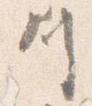
川